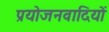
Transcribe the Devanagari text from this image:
प्रयोजनवादियों